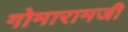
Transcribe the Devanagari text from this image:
गोमारामजी